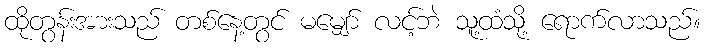
ထိုတွန်းအားသည် တစ်နေ့တွင် မမျှော် လင့်ဘဲ သူ့ထံသို့ ရောက်လာသည်။